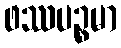
ဖဿပဉ္စမာ